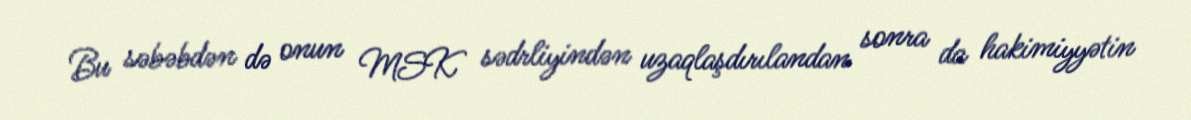
Bu səbəbdən də onun MSK sədrliyindən uzaqlaşdırılandan sonra da hakimiyyətin